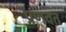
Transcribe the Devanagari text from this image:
प्रणवत